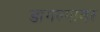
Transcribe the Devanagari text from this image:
डागल्यावर